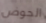
الحوض